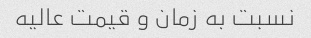
نسبت به زمان و قیمت عالیه